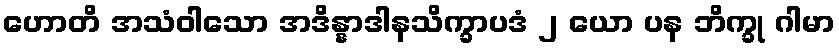
ဟောတိ အသံဝါသော အဒိန္နာဒါနသိက္ခာပဒံ ၂ ယော ပန ဘိက္ခု ဂါမာ